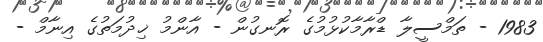
1983 - ތަމްސީލާ ޑްރާމާކުޅުމުގެ ރޮނގުން - އާންމު ޚިދުމަތުގެ އިނާމް -